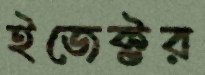
ইজেক্টর